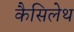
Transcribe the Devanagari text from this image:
कैसिलेथ